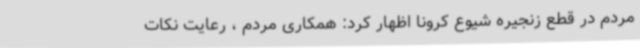
مردم در قطع زنجیره شیوع کرونا اظهار کرد: همکاری مردم ، رعایت نکات